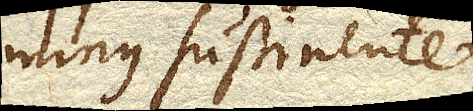
minus sustinente ;